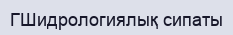
ГШидрологиялық сипаты